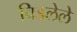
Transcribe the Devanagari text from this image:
चिडलेले